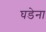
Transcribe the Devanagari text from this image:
घडेना